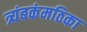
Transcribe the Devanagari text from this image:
त्र्यंबकंमठिका